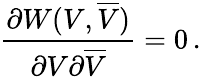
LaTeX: \frac{\partial W(V,\overline{{V}})}{\partial V\partial\overline{{V}}}=0\, .